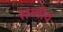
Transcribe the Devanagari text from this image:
सव्गीय